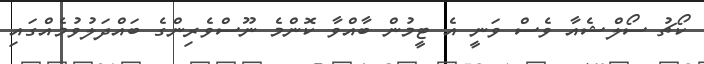
ކޯޗު ސޯލްޝެއާ ވެސް ވަނީ އެ ޓީމުން ބާއްވާ ކޮންމެ ނޫސްވެރިންގެ ބައްދަލުވުމެއްގައި